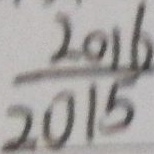
\frac { 2 0 1 6 } { 2 0 1 5 }